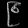
Digit: ၉